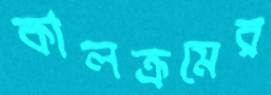
কালক্রমের